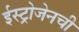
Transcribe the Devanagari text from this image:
ईस्ट्रोजेनची